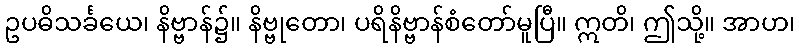
ဥပဓိသင်္ခယေ၊ နိဗ္ဗာန်၌။ နိဗ္ဗုတော၊ ပရိနိဗ္ဗာန်စံတော်မူပြီ။ ဣတိ၊ ဤသို့။ အာဟ၊